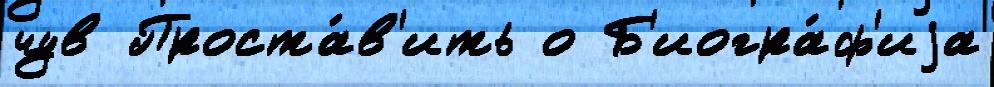
чув Проста́в'ить о Б'иогра́ф'иjа